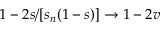
1 - 2 s / [ s _ { n } ( 1 - s ) ] \to 1 - 2 v